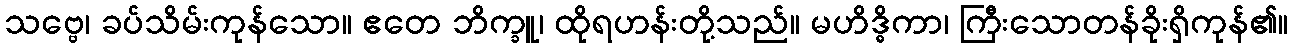
သဗ္ဗေ၊ ခပ်သိမ်းကုန်သော။ ဧတေ ဘိက္ခူ၊ ထိုရဟန်းတို့သည်။ မဟိဒ္ဓိကာ၊ ကြီးသောတန်ခိုးရှိကုန်၏။